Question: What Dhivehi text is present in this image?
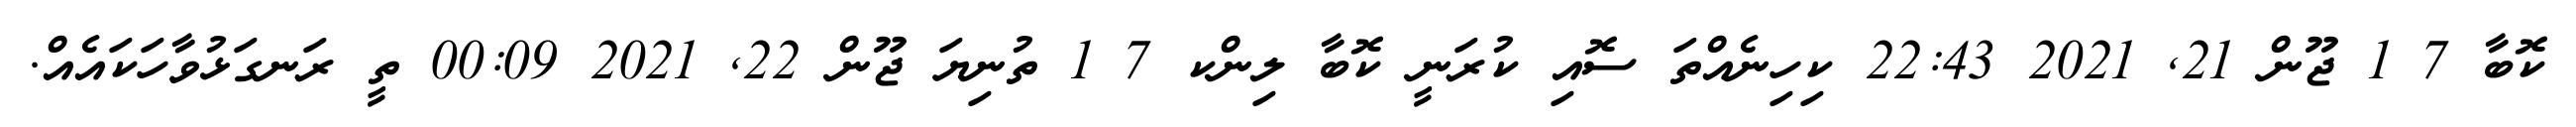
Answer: ކޮބާ 7 1 ޖޫން 21, 2021 22:43 ކިހިނެއްތަ ސޮއި ކުރަނީ ކޮބާ ލިންކ 7 1 ތުނިޔަ ޖޫން 22, 2021 00:09 ތީ ރަނގަޅުވާހަކައެއް.